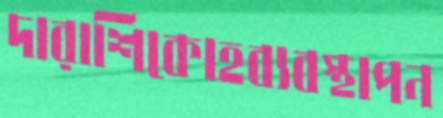
দারাশিকোহব্যবস্থাপন